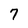
Character: 7